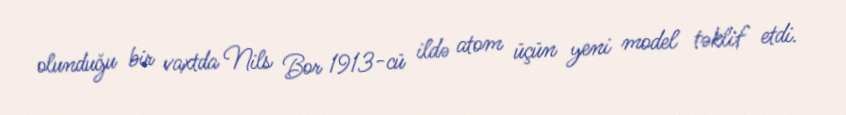
olunduğu bir vaxtda Nils Bor 1913-cü ildə atom üçün yeni model təklif etdi.